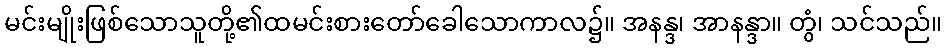
မင်းမျိုးဖြစ်သောသူတို့၏ထမင်းစားတော်ခေါသောကာလ၌။ အနန္ဒ၊ အာနန္ဒာ။ တွံ၊ သင်သည်။